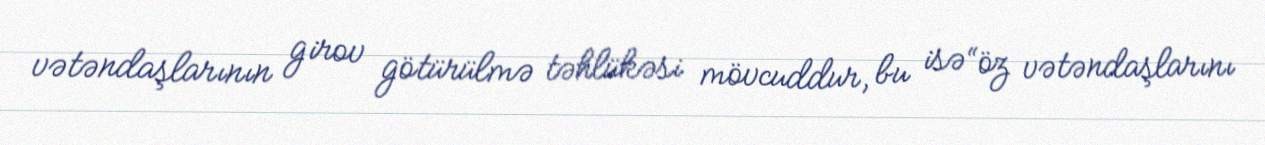
vətəndaşlarının girov götürülmə təhlükəsi mövcuddur, bu isə “öz vətəndaşlarını